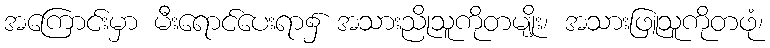
အကြောင်းမှာ မီးရောင်ပေးရာ၌ အသားညိုသူကိုတမျိုး၊ အသားဖြူသူကိုတဖုံ၊